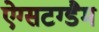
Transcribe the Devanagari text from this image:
ऐग्सटग्डैम